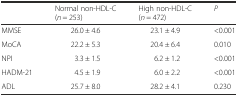
<table><thead><tr><td></td><td><b>Normal non-HDL-C (<i>n</i> = 253)</b></td><td><b>High non-HDL-C (<i>n</i> = 472)</b></td><td><b><i>P</i></b></td></tr></thead><tbody><tr><td>MMSE</td><td>26.0 ± 4.6</td><td>23.1 ± 4.9</td><td>&lt;0.001</td></tr><tr><td>MoCA</td><td>22.2 ± 5.3</td><td>20.4 ± 6.4</td><td>0.010</td></tr><tr><td>NPI</td><td>3.3 ± 1.5</td><td>6.2 ± 1.2</td><td>&lt;0.001</td></tr><tr><td>HADM-21</td><td>4.5 ± 1.9</td><td>6.0 ± 2.2</td><td>&lt;0.001</td></tr><tr><td>ADL</td><td>25.7 ± 8.0</td><td>28.2 ± 4.1</td><td>0.230</td></tr></tbody></table>